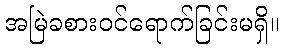
အမြဲခစားဝင်ရောက်ခြင်းမရှိ။